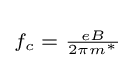
\scriptstyle f_{c}\;=\;{\frac {eB}{2\pi m^{*}}}